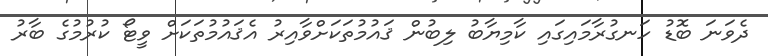
ދެވަނަ ބޮޑު ހަނގުރާމައިގައި ކާމިޔާބު ލިބުން ޤައުމުތަކަށްވާއިރު އެޤައުމުތަކަށް ވީޓޯ ކުރުމުގެ ބާރު